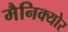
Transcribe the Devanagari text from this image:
मैनिक्योर